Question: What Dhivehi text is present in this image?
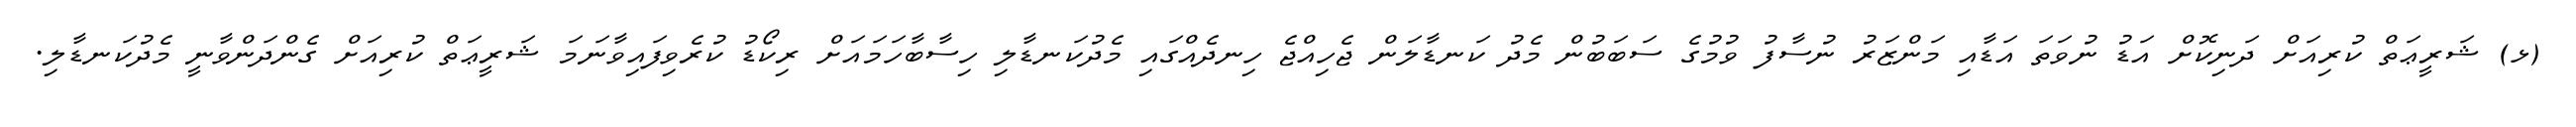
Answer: (ޅ) ޝަރީޢަތް ކުރިއަށް ދަނިކޮށް އަޑު ނުވަތަ އަޑާއި މަންޒަރު ނުސާފު ވުމުގެ ސަބަބުން މެދު ކަނޑާލަން ޖެހިއްޖެ ހިނދެއްގައި މެދުކަނޑާލި ހިސާބާހަމައަށް ރިކޯޑު ކުރެވިފައިވާނަމަ ޝަރީޢަތް ކުރިއަށް ގެންދަންވާނީ މެދުކަނޑާލި.